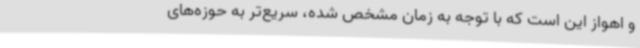
و اهواز این است که با توجه به زمان مشخص شده، سریع‌تر به حوزه‌های